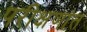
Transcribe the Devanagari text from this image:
परीक्षणांत